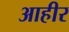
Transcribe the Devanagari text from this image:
आहीर